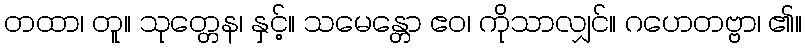
တထာ၊ တူ။ သုတ္တေန၊ နှင့်။ သမေန္တော ဧဝ၊ ကိုသာလျှင်။ ဂဟေတဗ္ဗာ၊ ၏။